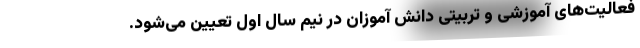
فعالیت‌های آموزشی و تربیتی دانش آموزان در نیم سال اول تعیین می‌شود.